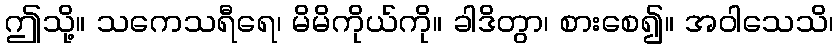
ဤသို့။ သကေသရီရေ၊ မိမိကိုယ်ကို။ ခါဒိတွာ၊ စားစေ၍။ အဝါသေသိ၊